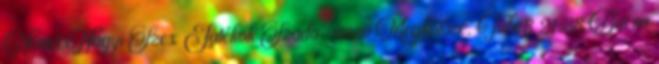
Német Nagyi Szex Játékok Szado-mazo Megkötözé. Tube8 21:38 Barna